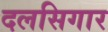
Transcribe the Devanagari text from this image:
दलसिगार